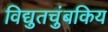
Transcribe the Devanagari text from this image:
विद्युतचुंबकिय